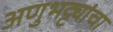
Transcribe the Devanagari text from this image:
अणुभट्ट्यांचा